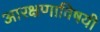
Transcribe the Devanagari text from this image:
आरक्षणाविषयी